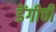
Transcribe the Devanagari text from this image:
डेंगीची